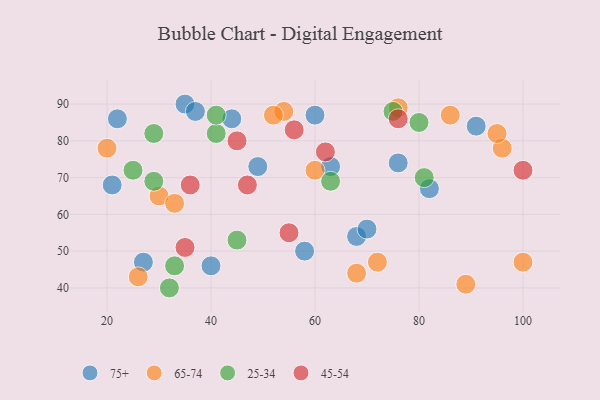
{"axis": {"x": "GDP", "y": "Life Expectancy"}, "legend": ["25-34", "45-54", "65-74", "75+"], "data": [{"x": "40", "y": 46, "type": "75+"}, {"x": "49", "y": 73, "type": "75+"}, {"x": "68", "y": 54, "type": "75+"}, {"x": "27", "y": 47, "type": "75+"}, {"x": "44", "y": 86, "type": "75+"}, {"x": "22", "y": 86, "type": "75+"}, {"x": "58", "y": 50, "type": "75+"}, {"x": "35", "y": 90, "type": "75+"}, {"x": "21", "y": 68, "type": "75+"}, {"x": "63", "y": 73, "type": "75+"}, {"x": "82", "y": 67, "type": "75+"}, {"x": "70", "y": 56, "type": "75+"}, {"x": "91", "y": 84, "type": "75+"}, {"x": "37", "y": 88, "type": "75+"}, {"x": "60", "y": 87, "type": "75+"}, {"x": "76", "y": 74, "type": "75+"}, {"x": "72", "y": 47, "type": "65-74"}, {"x": "96", "y": 78, "type": "65-74"}, {"x": "95", "y": 82, "type": "65-74"}, {"x": "86", "y": 87, "type": "65-74"}, {"x": "54", "y": 88, "type": "65-74"}, {"x": "30", "y": 65, "type": "65-74"}, {"x": "89", "y": 41, "type": "65-74"}, {"x": "52", "y": 87, "type": "65-74"}, {"x": "33", "y": 63, "type": "65-74"}, {"x": "26", "y": 43, "type": "65-74"}, {"x": "68", "y": 44, "type": "65-74"}, {"x": "76", "y": 89, "type": "65-74"}, {"x": "100", "y": 47, "type": "65-74"}, {"x": "20", "y": 78, "type": "65-74"}, {"x": "60", "y": 72, "type": "65-74"}, {"x": "33", "y": 46, "type": "25-34"}, {"x": "29", "y": 82, "type": "25-34"}, {"x": "80", "y": 85, "type": "25-34"}, {"x": "41", "y": 82, "type": "25-34"}, {"x": "32", "y": 40, "type": "25-34"}, {"x": "81", "y": 70, "type": "25-34"}, {"x": "63", "y": 69, "type": "25-34"}, {"x": "45", "y": 53, "type": "25-34"}, {"x": "75", "y": 88, "type": "25-34"}, {"x": "41", "y": 87, "type": "25-34"}, {"x": "25", "y": 72, "type": "25-34"}, {"x": "29", "y": 69, "type": "25-34"}, {"x": "100", "y": 72, "type": "45-54"}, {"x": "56", "y": 83, "type": "45-54"}, {"x": "62", "y": 77, "type": "45-54"}, {"x": "55", "y": 55, "type": "45-54"}, {"x": "36", "y": 68, "type": "45-54"}, {"x": "76", "y": 86, "type": "45-54"}, {"x": "35", "y": 51, "type": "45-54"}, {"x": "47", "y": 68, "type": "45-54"}, {"x": "45", "y": 80, "type": "45-54"}]}